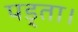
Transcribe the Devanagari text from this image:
पड़्ता।